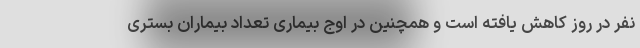
نفر در روز کاهش یافته است و همچنین در اوج بیماری تعداد بیماران بستری